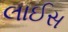
લાઈસ